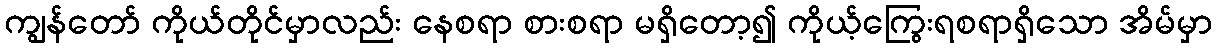
ကျွန်တော် ကိုယ်တိုင်မှာလည်း နေစရာ စားစရာ မရှိတော့၍ ကိုယ့်ကြွေးရစရာရှိသော အိမ်မှာ